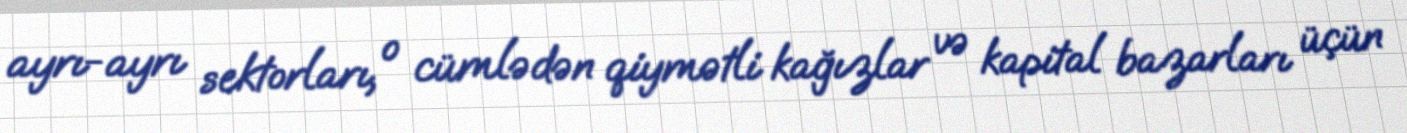
ayrı-ayrı sektorları, o cümlədən qiymətli kağızlar və kapital bazarları üçün